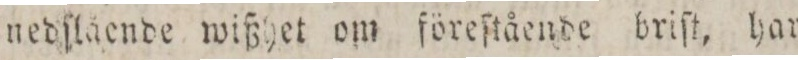
nedſlående wißhet om föreſtående briſt, har